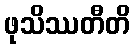
ဖုသိဿတီတိ